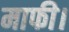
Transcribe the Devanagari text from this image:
माफी।